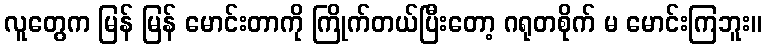
လူတွေက မြန် မြန် မောင်းတာကို ကြိုက်တယ်ပြီးတော့ ဂရုတစိုက် မ မောင်းကြဘူး။